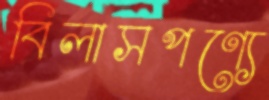
বিলাসপণ্যে